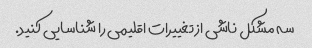
سه مشکل ناشی از تغییرات اقلیمی را شناسایی کنید.